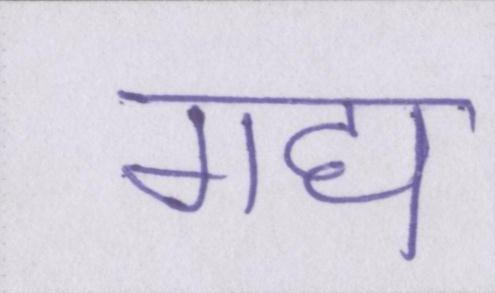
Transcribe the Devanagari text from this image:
गद्य